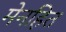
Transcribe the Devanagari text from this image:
मेनहित